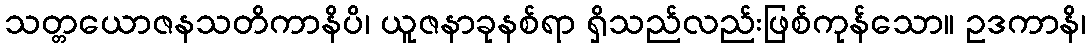
သတ္တယောဇနသတိကာနိပိ၊ ယူဇနာခုနစ်ရာ ရှိသည်လည်းဖြစ်ကုန်သော။ ဥဒကာနိ၊